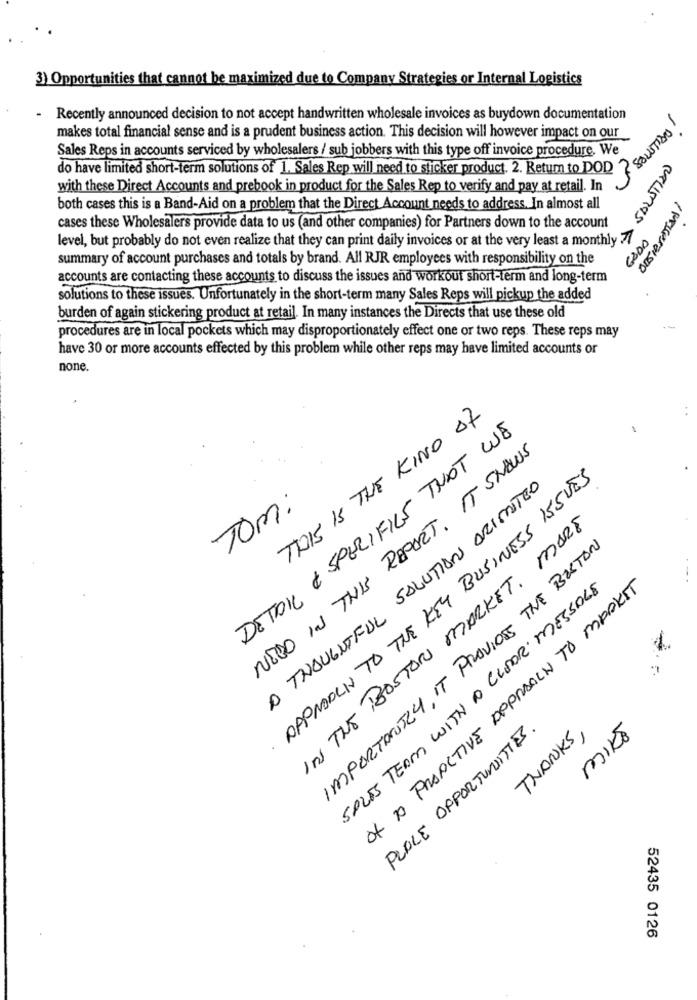
3) Opportunities that cannot be maximized due to Company Strategies or Internal Logistics
.
Recently announced decision to not accept handwritten wholesale invoices as buydown documentation
JSOUTIDO 1
makes total financial sense and is a prudent business action. This decision will however impact on our
Sales Reps in accounts serviced by wholesalers / sub jobbers with this type off invoice procedure. We
SALUTIDO
do have limited short-term solutions of 1. Sales Rep will need to sticker product. 2. Retum to DOD
with these Direct Accounts and prebook in product for the Sales Rep to verify and pay at retail. In
both cases this is a Band-Aid on a problem that the Direct Account needs to address. In almost all
cases these Wholesalers provide data to us (and other companies) for Partners down to the account
GOOD
level, but probably do not even realize that they can print daily invoices or at the very least a monthly Z
summary of account purchases and totals by brand. All RJR employees with responsibility on the
accounts are contacting these accounts to discuss the issues and workout short-term and long-term
solutions to these issues. Unfortunately in the short-term many Sales Reps will pickup the added
burden of again stickering product at retail. In many instances the Directs that use these old
procedures are in local pockets which may disproportionately effect one or two reps. These reps may
have 30 or more accounts effected by this problem while other reps may have limited accounts or
none.
THIS IS THE KIND OF
DETAIL & SPECIFICS THAT WE
NEGO IN THIS REPORT. IT SNOWS
DAPNOOLY TO THE KEY BUSINESS ISSUES
A THOUGHTFUL SALUTIONS ARIMATEO
Tom:
IN THE BOSTON MARKET. MARE
IMPORTANTLY, IT PROVIDES THE BOSTON
SALES TEAM WITH A CLEAR MESSAGE
Of TO PROACTIVE APPROACH TO MARKET
PLACE OPPORTUNITIES.
THANKS,
MIKE
52435 0126